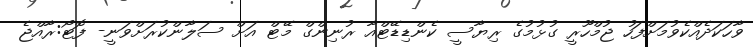
ވާހަކަދެއްކެވުމަށްފަހު ޖުމްހޫރީ ގުޅުމުގެ ރިޔާސީ ކެންޑިޑޭޓްއާ ރުނިންގް މޭޓް އަށް ސަލާންކުރަށްވަނީ- ފޮޓޯ:ރާއްޖެ